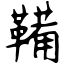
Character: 鞴